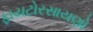
ફાયટોરસાયણો